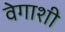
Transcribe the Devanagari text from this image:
वेगाशी